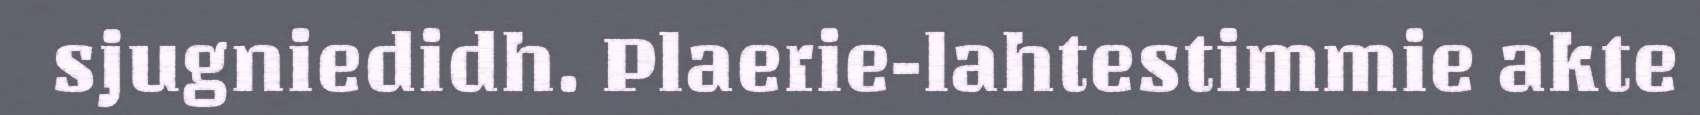
sjugniedidh. Plaerie-lahtestimmie akte